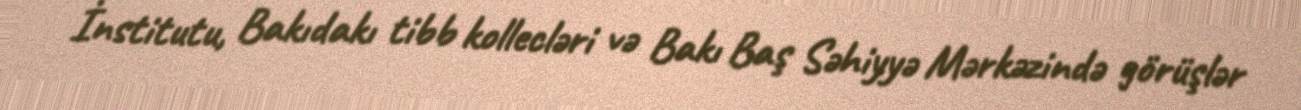
İnstitutu, Bakıdakı tibb kollecləri və Bakı Baş Səhiyyə Mərkəzində görüşlər